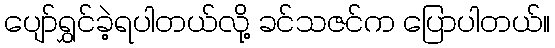
ပျော်ရွှင်ခဲ့ရပါတယ်လို့ ခင်သဇင်က ပြောပါတယ်။